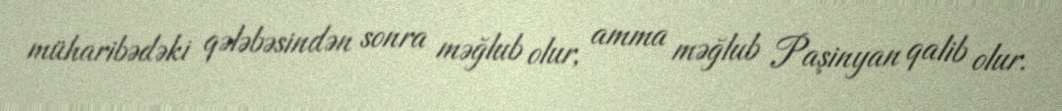
müharibədəki qələbəsindən sonra məğlub olur, amma məğlub Paşinyan qalib olur.